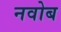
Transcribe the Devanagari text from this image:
नवोब